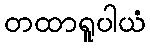
တထာရူပါယံ